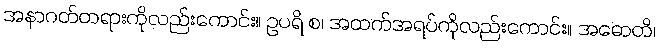
အနာဂတ်တရားကိုလည်းကောင်း။ ဥပရိ စ၊ အထက်အရပ်ကိုလည်းကောင်း။ အဓောတိ၊